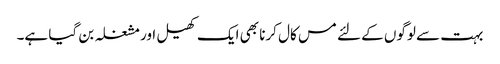
بہت سے لوگوں کے لئے مس کال کرنا بھی ایک کھیل اور مشغلہ بن گیا ہے۔